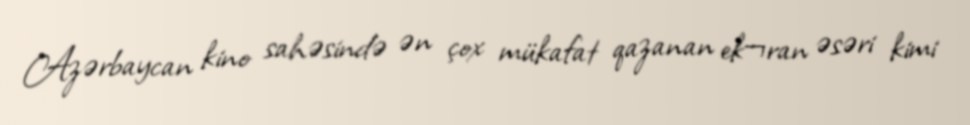
Azərbaycan kino sahəsində ən çox mükafat qazanan ek¬ran əsəri kimi